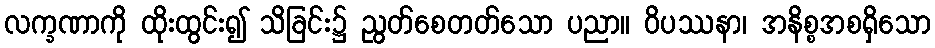
လက္ခဏာကို ထိုးထွင်း၍ သိခြင်း၌ ညွတ်စေတတ်သော ပညာ။ ဝိပဿနာ၊ အနိစ္စအစရှိသော